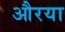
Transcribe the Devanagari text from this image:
औरया